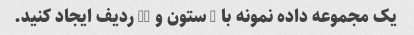
یک مجموعه داده نمونه با 3 ستون و 10 ردیف ایجاد کنید.